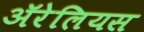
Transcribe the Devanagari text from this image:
ॲरेलियस